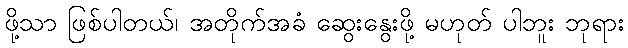
ဖို့သာ ဖြစ်ပါတယ်၊ အတိုက်အခံ ဆွေးနွေးဖို့ မဟုတ် ပါဘူး ဘုရား